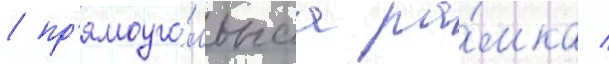
/ пр'ямоуго́льнаа ра́мка /